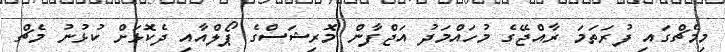
މިމެޗްގައި ފުރަތަމަ ރާއްޖޭގެ މުހައްމަދު އަޖްފާން މޮރިޝަސްގެ ޕޯލްއާއި ދެކޮޅަށް ކުޅުނު މެޗް